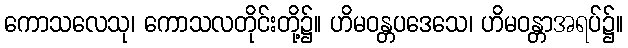
ကောသလေသု၊ ကောသလတိုင်းတို့၌။ ဟိမဝန္တပဒေသေ၊ ဟိမဝန္တာအရပ်၌။